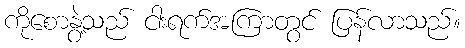
ကိုစောနွဲ့သည် ငါးရက်အကြာတွင် ပြန်လာသည်။